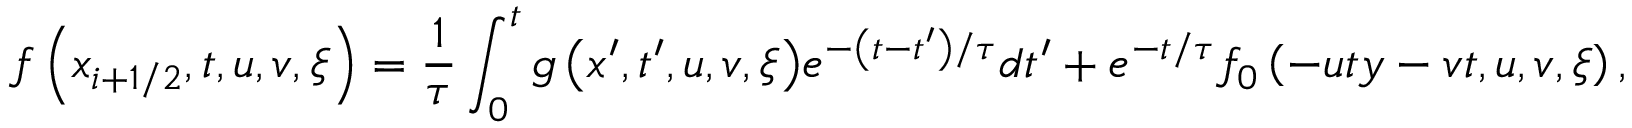
f \left( { { x } _ { i + 1 / 2 } } , t , u , v , \xi \right) = \frac { 1 } { \tau } \int _ { 0 } ^ { t } { g \left( { x } ^ { \prime } , { t } ^ { \prime } , u , v , \xi \right) } { { e } ^ { - \left( t - { t } ^ { \prime } \right) / \tau } } d { t } ^ { \prime } + { { e } ^ { - t / \tau } } { { f } _ { 0 } } \left( - u t y - v t , u , v , \xi \right) ,